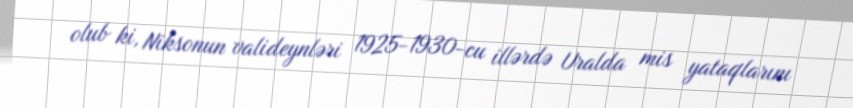
olub ki, Niksonun valideynləri 1925-1930-cu illərdə Uralda mis yataqlarını